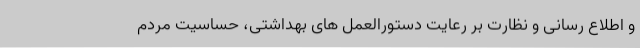
و اطلاع رسانی و نظارت بر رعایت دستورالعمل های بهداشتی، حساسیت مردم